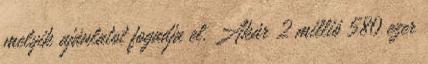
melyik ajánlatot fogadja el. Akár 2 millió 580 ezer